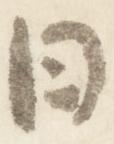
日